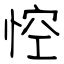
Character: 悾